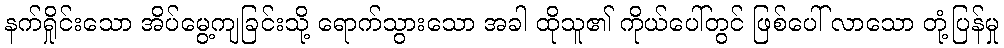
နက်ရှိုင်းသော အိပ်မွေ့ကျခြင်းသို့ ရောက်သွားသော အခါ ထိုသူ၏ ကိုယ်ပေါ်တွင် ဖြစ်ပေါ် လာသော တုံ့ပြန်မှု